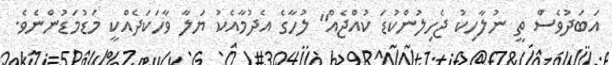
އަބަދުވެސް ތީ ނުލާހިކު ޖެހިލުންކުޑަ ކުއްޖެއް" ލުހާގެ އެދުމާއެކު ޔަލާ ވާހަކަދެއްކީ މަޑުމަޑުންނެވެ.